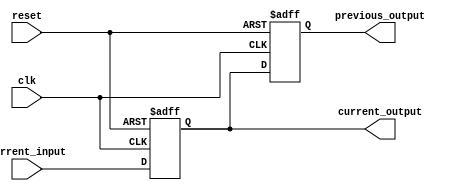
module flip_flop (
    input clk,
    input reset,
    input current_input,
    output reg current_output,
    output reg previous_output
);

reg stored_input1, stored_input2;

always @(posedge clk or posedge reset) begin
    if (reset) begin
        stored_input1 <= 1'b0;
        stored_input2 <= 1'b0;
    end else begin
        stored_input1 <= current_input;
        stored_input2 <= stored_input1;
    end
end

assign current_output = stored_input1;
assign previous_output = stored_input2;

endmodule